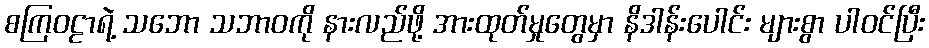
စကြဝဠာရဲ့ သဘော သဘာဝကို နားလည်ဖို့ အားထုတ်မှုတွေမှာ နိဒါန်းပေါင်း များစွာ ပါဝင်ပြီး